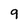
Character: q